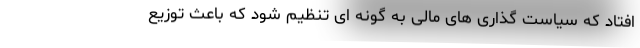
افتاد که سیاست گذاری های مالی به گونه ای تنظیم شود که باعث توزیع